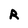
Character: R